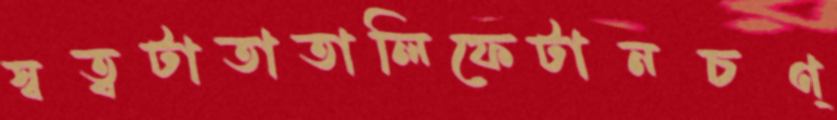
স্বত্বটাতাতালিফেটানচণ্